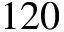
1 2 0